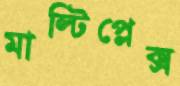
মাল্টিপ্লেক্স